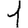
Digit: 1